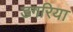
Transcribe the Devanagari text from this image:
डगरिया